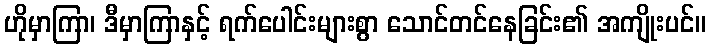
ဟိုမှာကြာ၊ ဒီမှာကြာနှင့် ရက်ပေါင်းများစွာ သောင်တင်နေခြင်း၏ အကျိုးပင်။